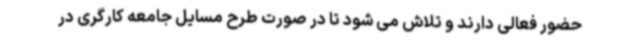
حضور فعالی دارند و تلاش می شود تا در صورت طرح مسایل جامعه کارگری در